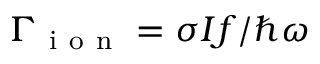
\Gamma _ { \mathrm { ~ i ~ o ~ n ~ } } = \sigma I f / \hbar \omega